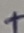
Text: +